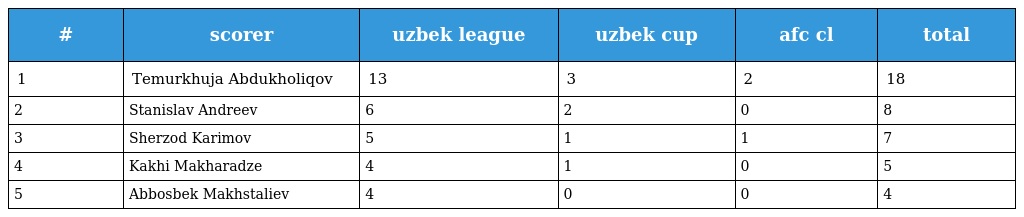
| # | scorer | uzbek league | uzbek cup | afc cl | total |
 | --- | --- | --- | --- | --- | --- |
 | 1 | Temurkhuja Abdukholiqov | 13 | 3 | 2 | 18 |
 | 2 | Stanislav Andreev | 6 | 2 | 0 | 8 |
 | 3 | Sherzod Karimov | 5 | 1 | 1 | 7 |
 | 4 | Kakhi Makharadze | 4 | 1 | 0 | 5 |
 | 5 | Abbosbek Makhstaliev | 4 | 0 | 0 | 4 |